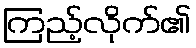
ကြည့်လိုက်၏